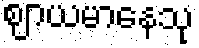
ဈာယမာနေသု